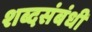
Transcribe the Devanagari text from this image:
शब्दसंबंधी